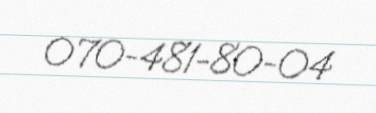
070-481-80-04